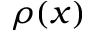
\rho ( x )